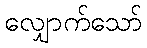
လျှောက်သော်